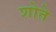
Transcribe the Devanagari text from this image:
शोते